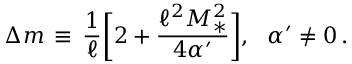
\Delta m \, \equiv \, \frac { 1 } { \ell } \bigg [ 2 + \frac { \ell ^ { 2 } M _ { * } ^ { 2 } } { 4 \alpha ^ { \prime } } \bigg ] , \, \, \, \, \alpha ^ { \prime } \neq 0 \, .